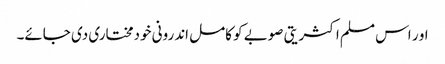
او ر اس مسلم اکثریتی صوبے کو کامل اندرونی خودمختاری دی جائے۔